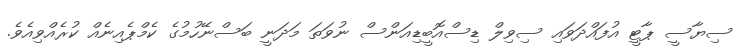
ސިޔާސީ ޕާޓީ އުފައްދަވައި ސިވިލް ޑިސްއޮބީޑިއަންސް ނުވަތަ މަދަނީ ބަސްނޭހުމުގެ ކެމްޕެއިނެއް ކުރެއްވިއެވެ.